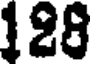
128